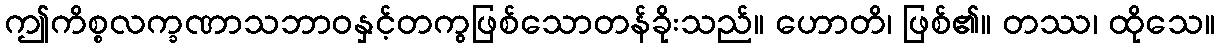
ဤကိစ္စလက္ခဏာသဘာဝနှင့်တကွဖြစ်သောတန်ခိုးသည်။ ဟောတိ၊ ဖြစ်၏။ တဿ၊ ထိုသေ။